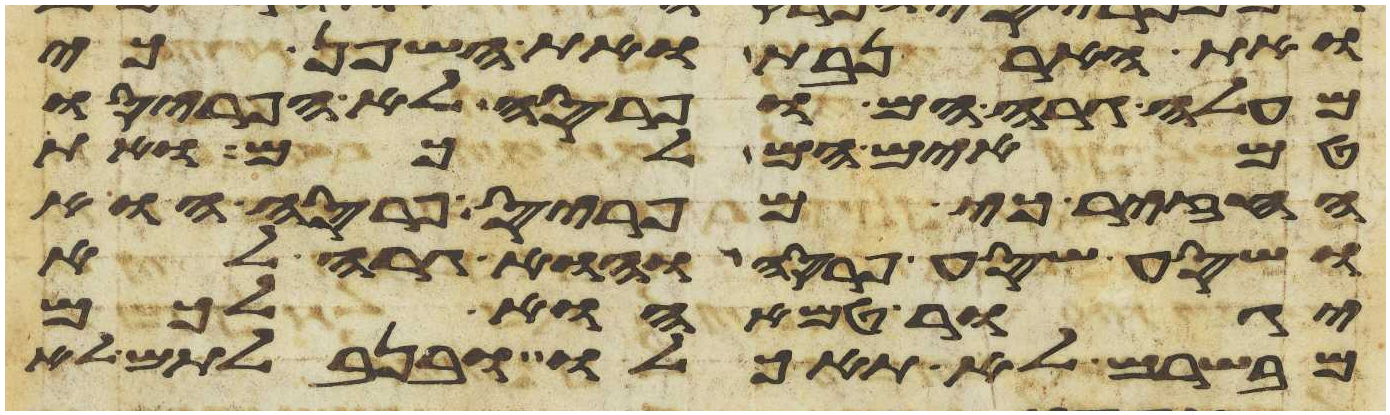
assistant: ואת הארנבת ואת השפן כי
מעלה גרה הם ופרסה לא הפריסו
טמאים הם לכם ואת
החזיר כי מפריס פרסה הוא
ושסע שסע פרסה והוא גרה לא
יגור טמא הוא לכם
מבשרם לא תאכלו ובנבלתם לא